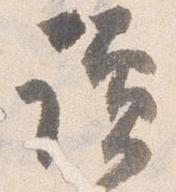
読